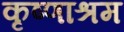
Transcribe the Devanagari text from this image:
कृष्णाश्रम